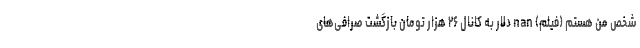
شخص من هستم (فیلم) nan دلار به کانال ۲۶ هزار تومان بازگشت صرافی‌های